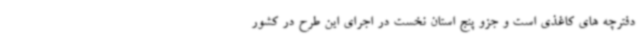
دفترچه های کاغذی است و جزو پنج استان نخست در اجرای این طرح در کشور